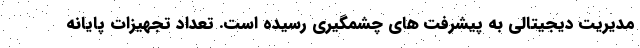
مدیریت دیجیتالی به پیشرفت های چشمگیری رسیده است. تعداد تجهیزات پایانه